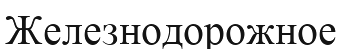
Железнодорожное